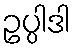
ဥပ္ပါဒါ